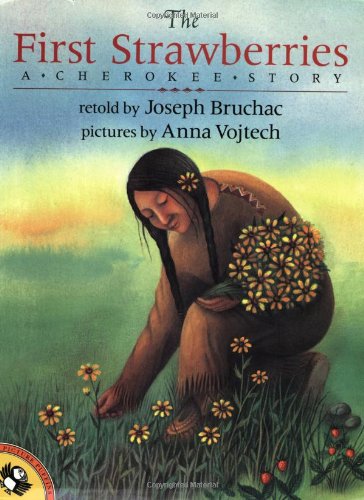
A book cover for The First Strawberries (Picture Puffins); Joseph Bruchac; Children's Books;